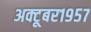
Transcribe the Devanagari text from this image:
अक्टूबर१९५७